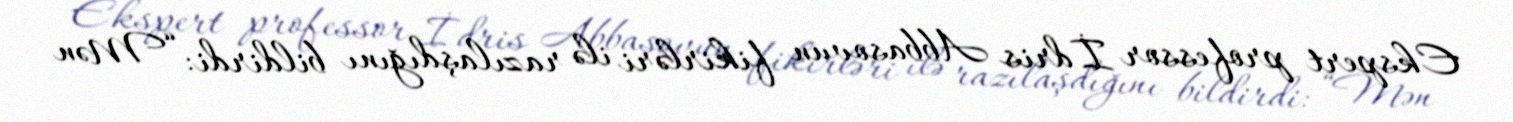
Ekspert professor İdris Abbasovun fikirləri ilə razılaşdığını bildirdi: “Mən